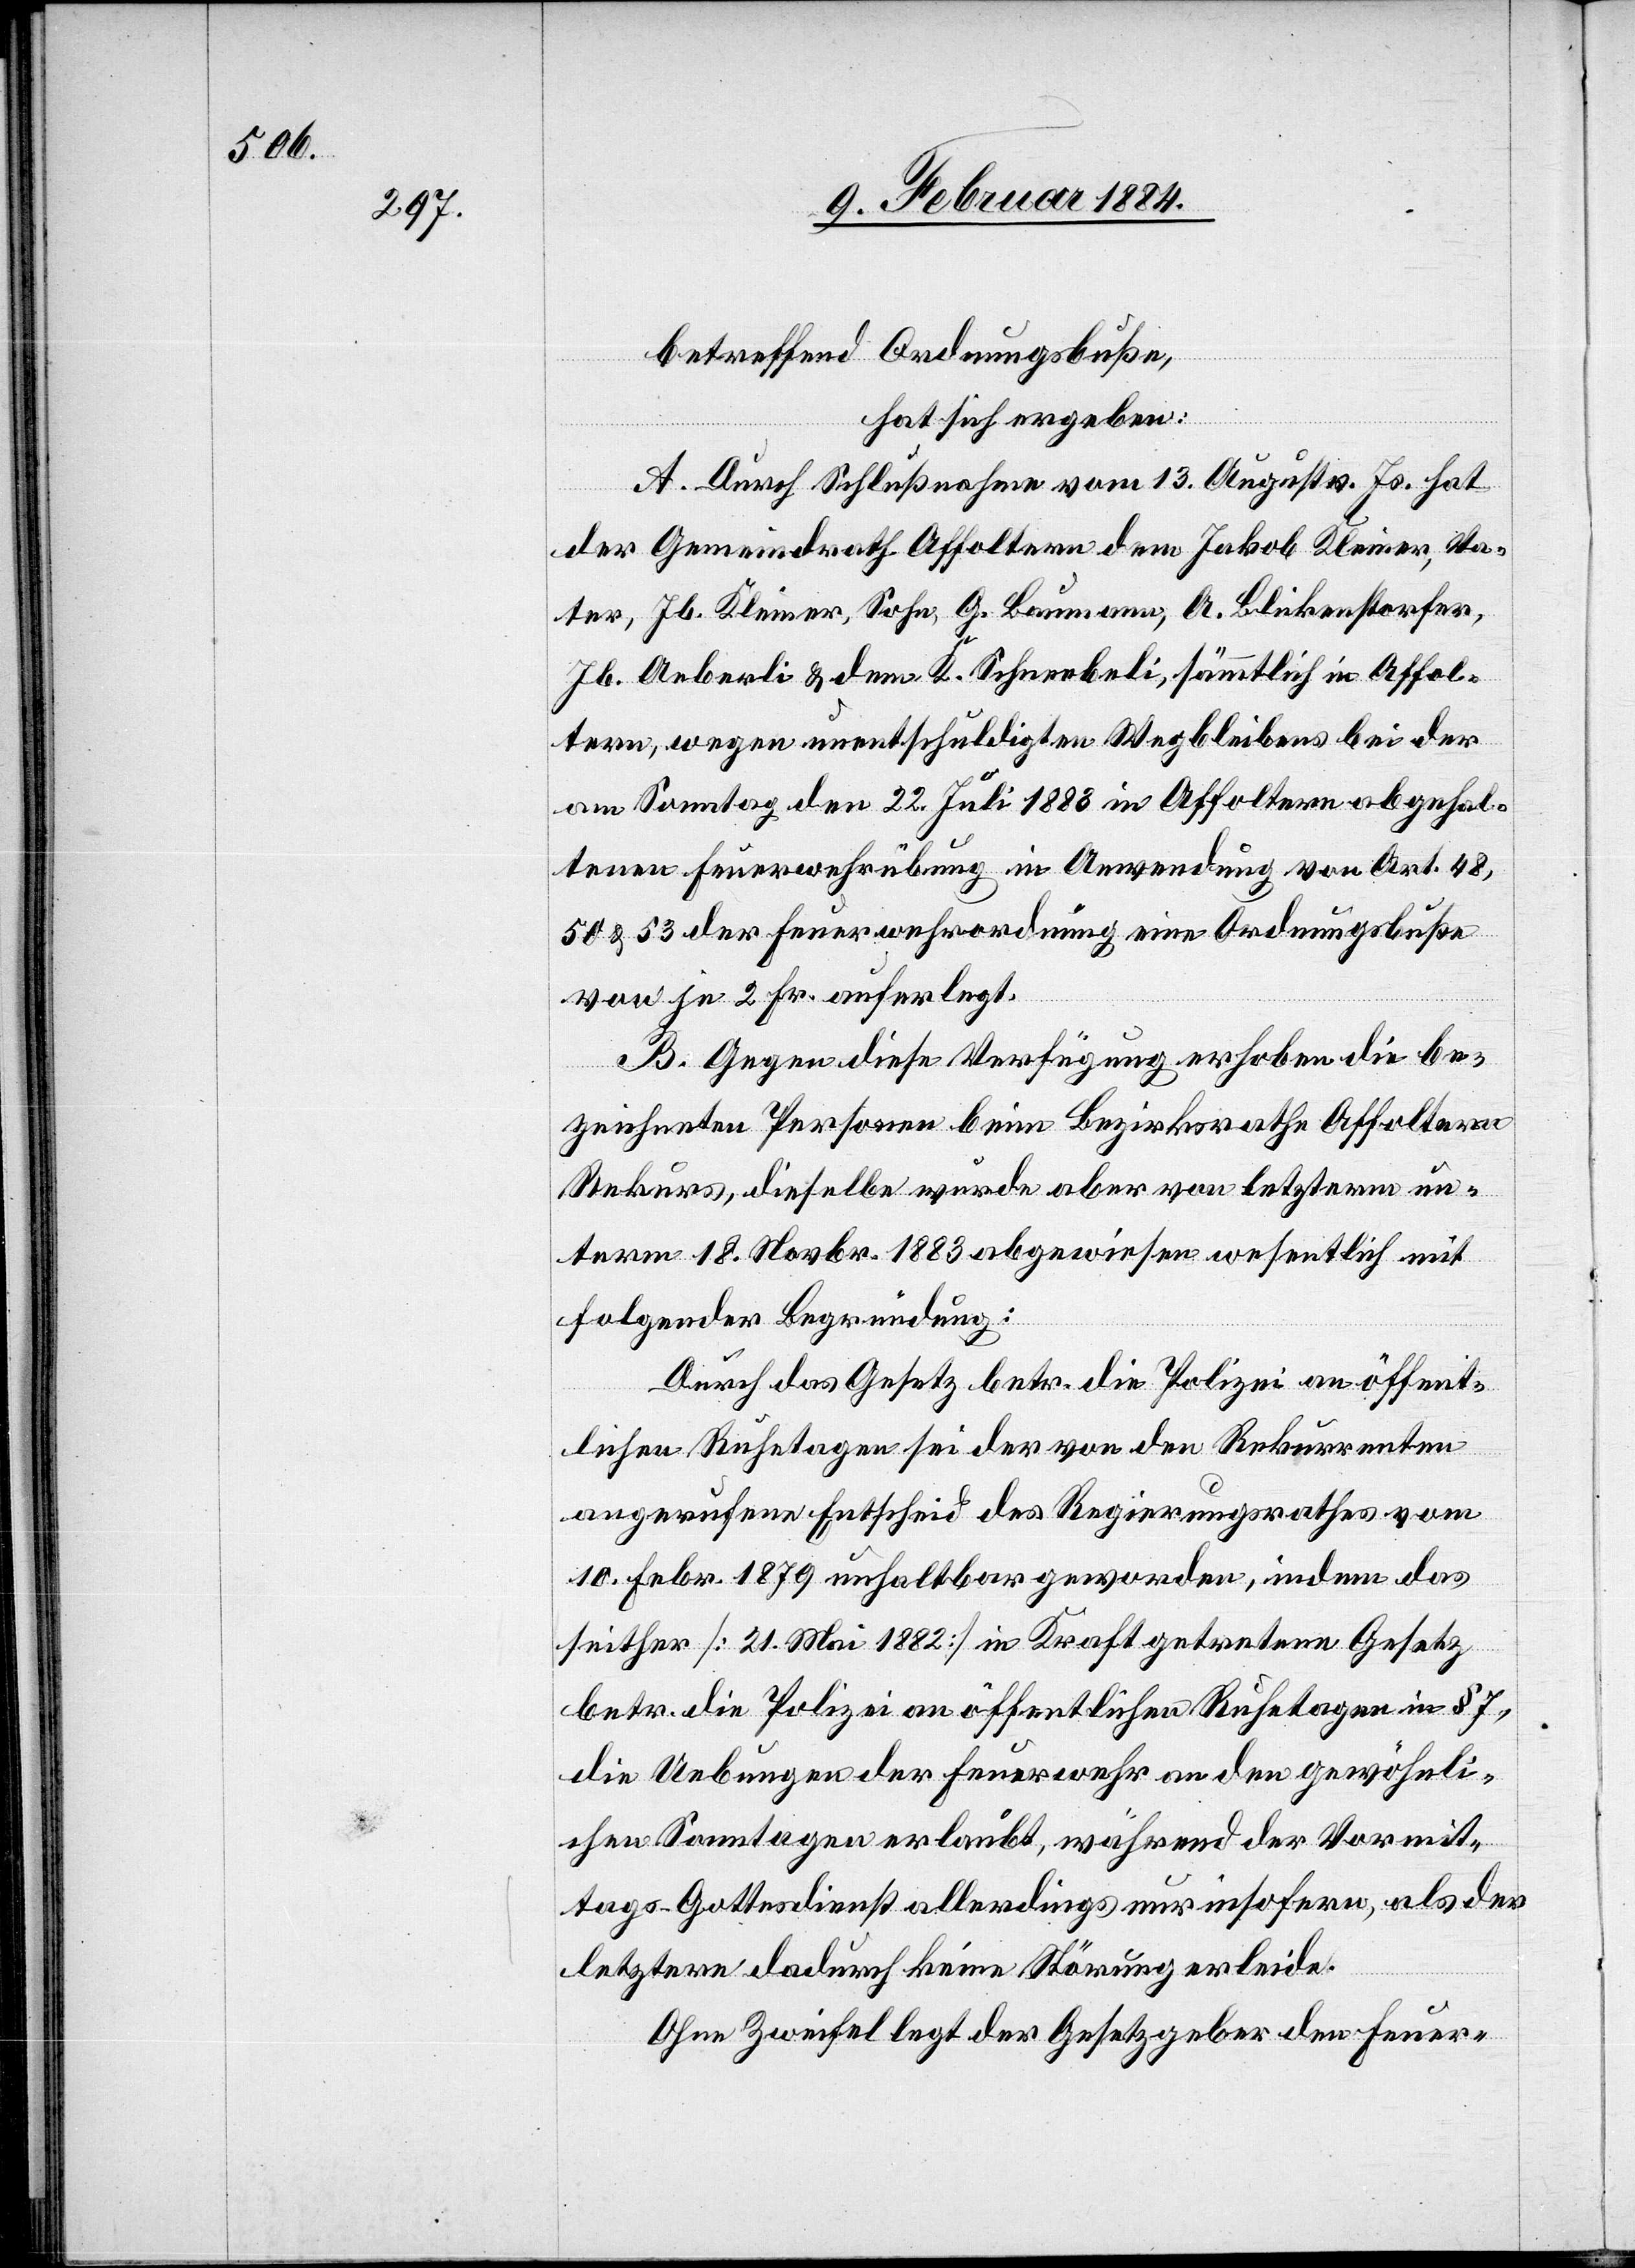
betreffend Ordnungsbuße,
hat sich ergeben:
A. Durch Schlußnahme vom 13. August v. Js. hat
der Gemeindrath Affoltern dem Jakob Kleiner, Va¬
ter, Jb. Kleiner, Sohn, G. Baumann, A. Blickenstorfer,
Jb. Aeberli & dem K. Schneebeli, sämmtlich in Affol¬
tern, wegen unentschuldigten Wegbleibens bei der
am Sonntag den 22. Juli 1883 in Affoltern abgehal¬
tenen Feuerwehrübung in Anwendung von Art. 48,
50 & 53 der Feuerwehrordnung eine Ordnungsbuße
von je 2 Fr. auferlegt.
B. Gegen diese Verfügung erhoben die be¬
zeichneten Personen beim Bezirksrathe Affoltern
Rekurs, dieselbe wurde aber von letzterm un¬
term 18. Novbr. 1883 abgewiesen wesentlich mit
folgender Begründung:
Durch das Gesetz betr. die Polizei an öffent¬
lichen Ruhetagen sei der von den Rekurrenten
angerufene Entscheid des Regierungsrathes vom
10. Febr. 1879 unhaltbar geworden, indem das
seither [21. Mai 1882] in Kraft getretene Gesetz
betr. die Polizei an öffentlichen Ruhetagen in § 7,
die Uebungen der Feuerwehr an den gewöhnli¬
chen Samstagen erlaubt, während dem Vormit¬
tags-Gottesdienst allerdings nur insofern, als der
letztere dadurch keine Störung erleide.
Ohne Zweifel legt der Gesetzgeber den Feuer-